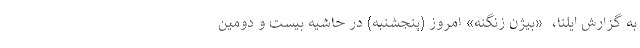
به گزارش ایلنا، ‌ «بیژن زنگنه» امروز (پنجشنبه) در حاشیه بیست و دومین